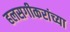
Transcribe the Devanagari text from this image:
हलसगीकरांच्या